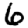
Digit: 6